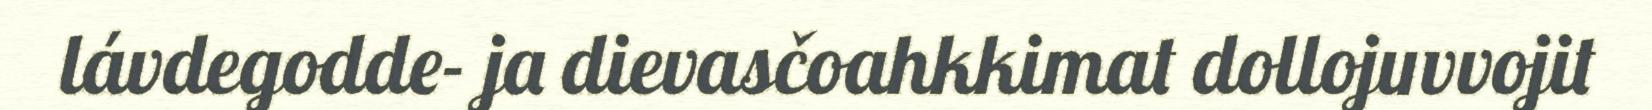
lávdegodde- ja dievasčoahkkimat dollojuvvojit